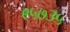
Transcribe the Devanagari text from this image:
९५७३५